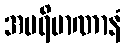
အပရိမာဏာနံ